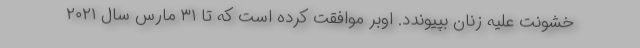
خشونت علیه زنان بپیوندد. اوبر موافقت کرده است که تا ۳۱ مارس سال ۲۰۲۱